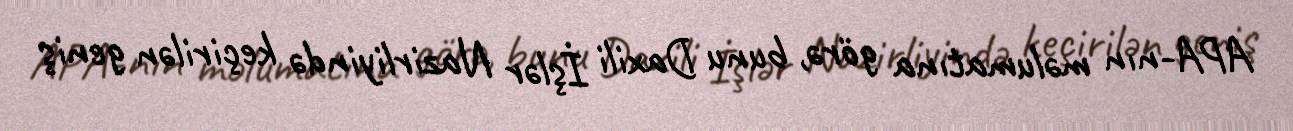
APA-nın məlumatına görə, bunu Daxili İşlər Nazirliyində keçirilən geniş